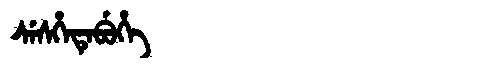
Manchu: ᠰᡝᠰᡥᡝᡨᡝᠪᡠᡥᡝ
Romanization: SESHETEBUHE